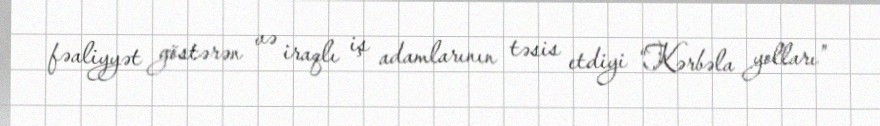
fəaliyyət göstərən və iraqlı iş adamlarının təsis etdiyi “Kərbəla yolları”